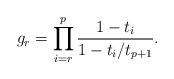
LaTeX: \begin{align*}g_{r} = \prod_{i=r}^p \frac{1-t_i}{1-t_i/t_{p+1}}.\end{align*}